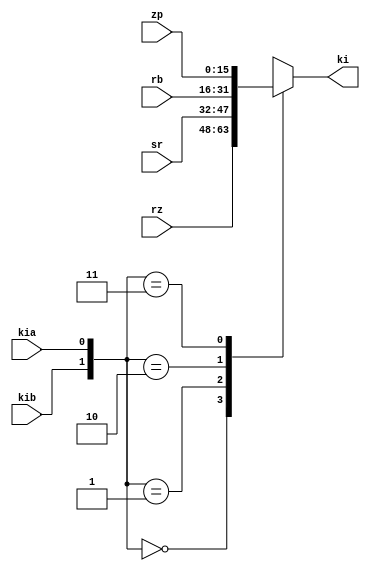
module bus_ki(
	input kia, kib,
	input [0:15] rz,
	input [0:15] sr,
	input [0:15] rb,
	input [0:15] zp,
	output [0:15] ki
);

	always @ (*) begin
		case ({kib, kia})
			2'b00 : ki <= rz;
			2'b01 : ki <= sr;
			2'b10 : ki <= rb;
			2'b11 : ki <= zp;
		endcase
	end

endmodule